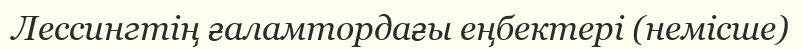
Лессингтің ғаламтордағы еңбектері (немісше)